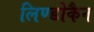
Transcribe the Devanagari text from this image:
लिण्डोकैन